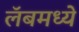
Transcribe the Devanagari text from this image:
लॅबमध्ये